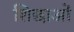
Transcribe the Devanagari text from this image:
शिछाओं